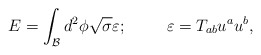
\begin{align*}E=\int_{\mathcal{B}}d^2\phi \sqrt{\sigma }\varepsilon;\hspace{1cm} \varepsilon=T_{ab}u^au^b, \end{align*}